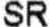
SR